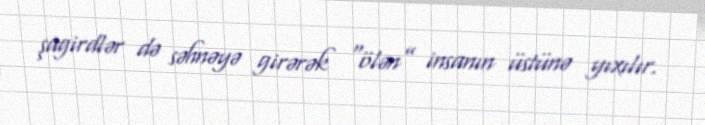
şagirdlər də səhnəyə girərək “ölən” insanın üstünə yıxılır.